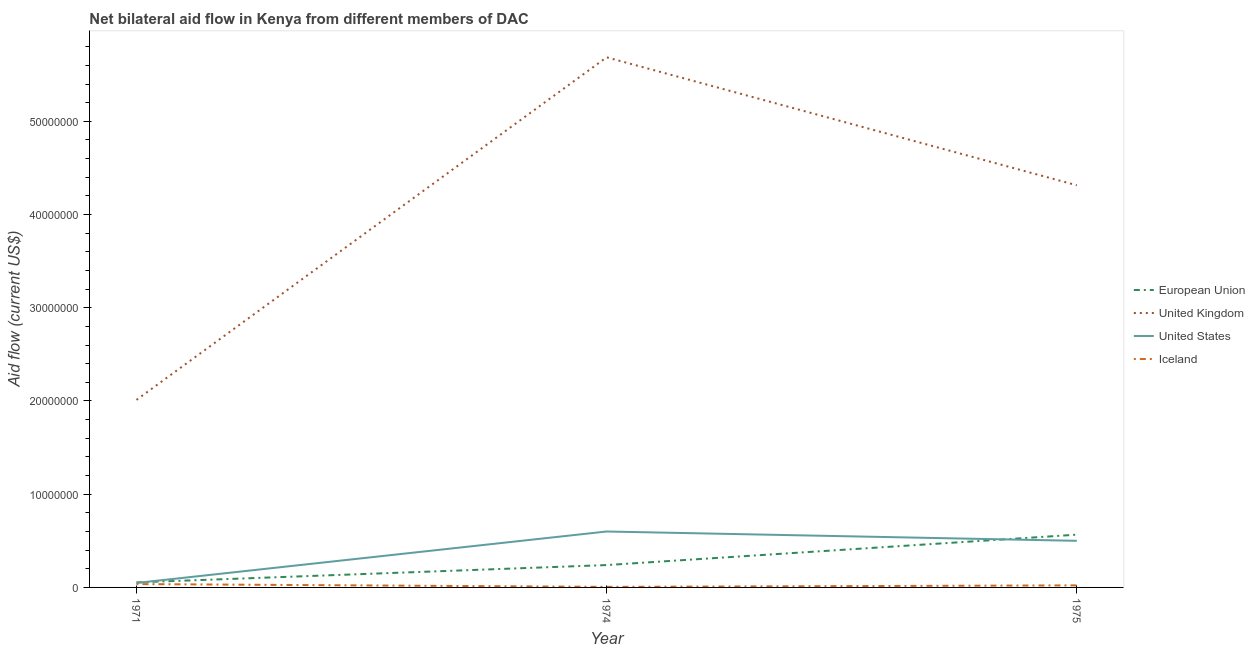
| Year | European Union | United Kingdom | United States | Iceland |
 | --- | --- | --- | --- | --- |
 | 1971 | 5.4e+05 | 2.01e+07 | 4.8e+05 | 3.6e+05 |
 | 1974 | 2.4e+06 | 5.69e+07 | 6e+06 | 6e+04 |
 | 1975 | 5.66e+06 | 4.31e+07 | 5e+06 | 2.2e+05 |